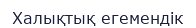
Халықтық егемендік